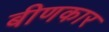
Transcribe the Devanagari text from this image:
बीणकार